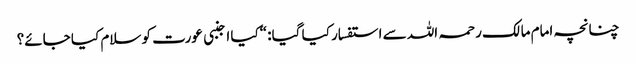
چنانچہ امام مالک رحمہ اللہ سے استفسار کیا گیا: “کیا اجنبی عورت کو سلام کیا جائے؟